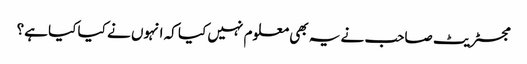
مجسٹریٹ صاحب نے یہ بھی معلوم نہیں کیا کہ انہوں نے کیا کیا ہے؟